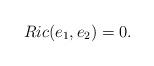
LaTeX: \begin{align*} Ric(e_1, e_2)=0.\end{align*}